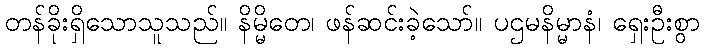
တန်ခိုးရှိသောသူသည်။ နိမ္မိတေ၊ ဖန်ဆင်းခဲ့သော်။ ပဌမနိမ္မာနံ၊ ရှေးဦးစွာ